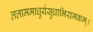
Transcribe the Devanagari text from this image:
ललाममाधुर्यसुधाभिरामकम्।